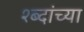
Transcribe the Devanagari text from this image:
श्ब्दांच्या